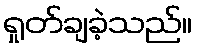
ရှုတ်ချခဲ့သည်။